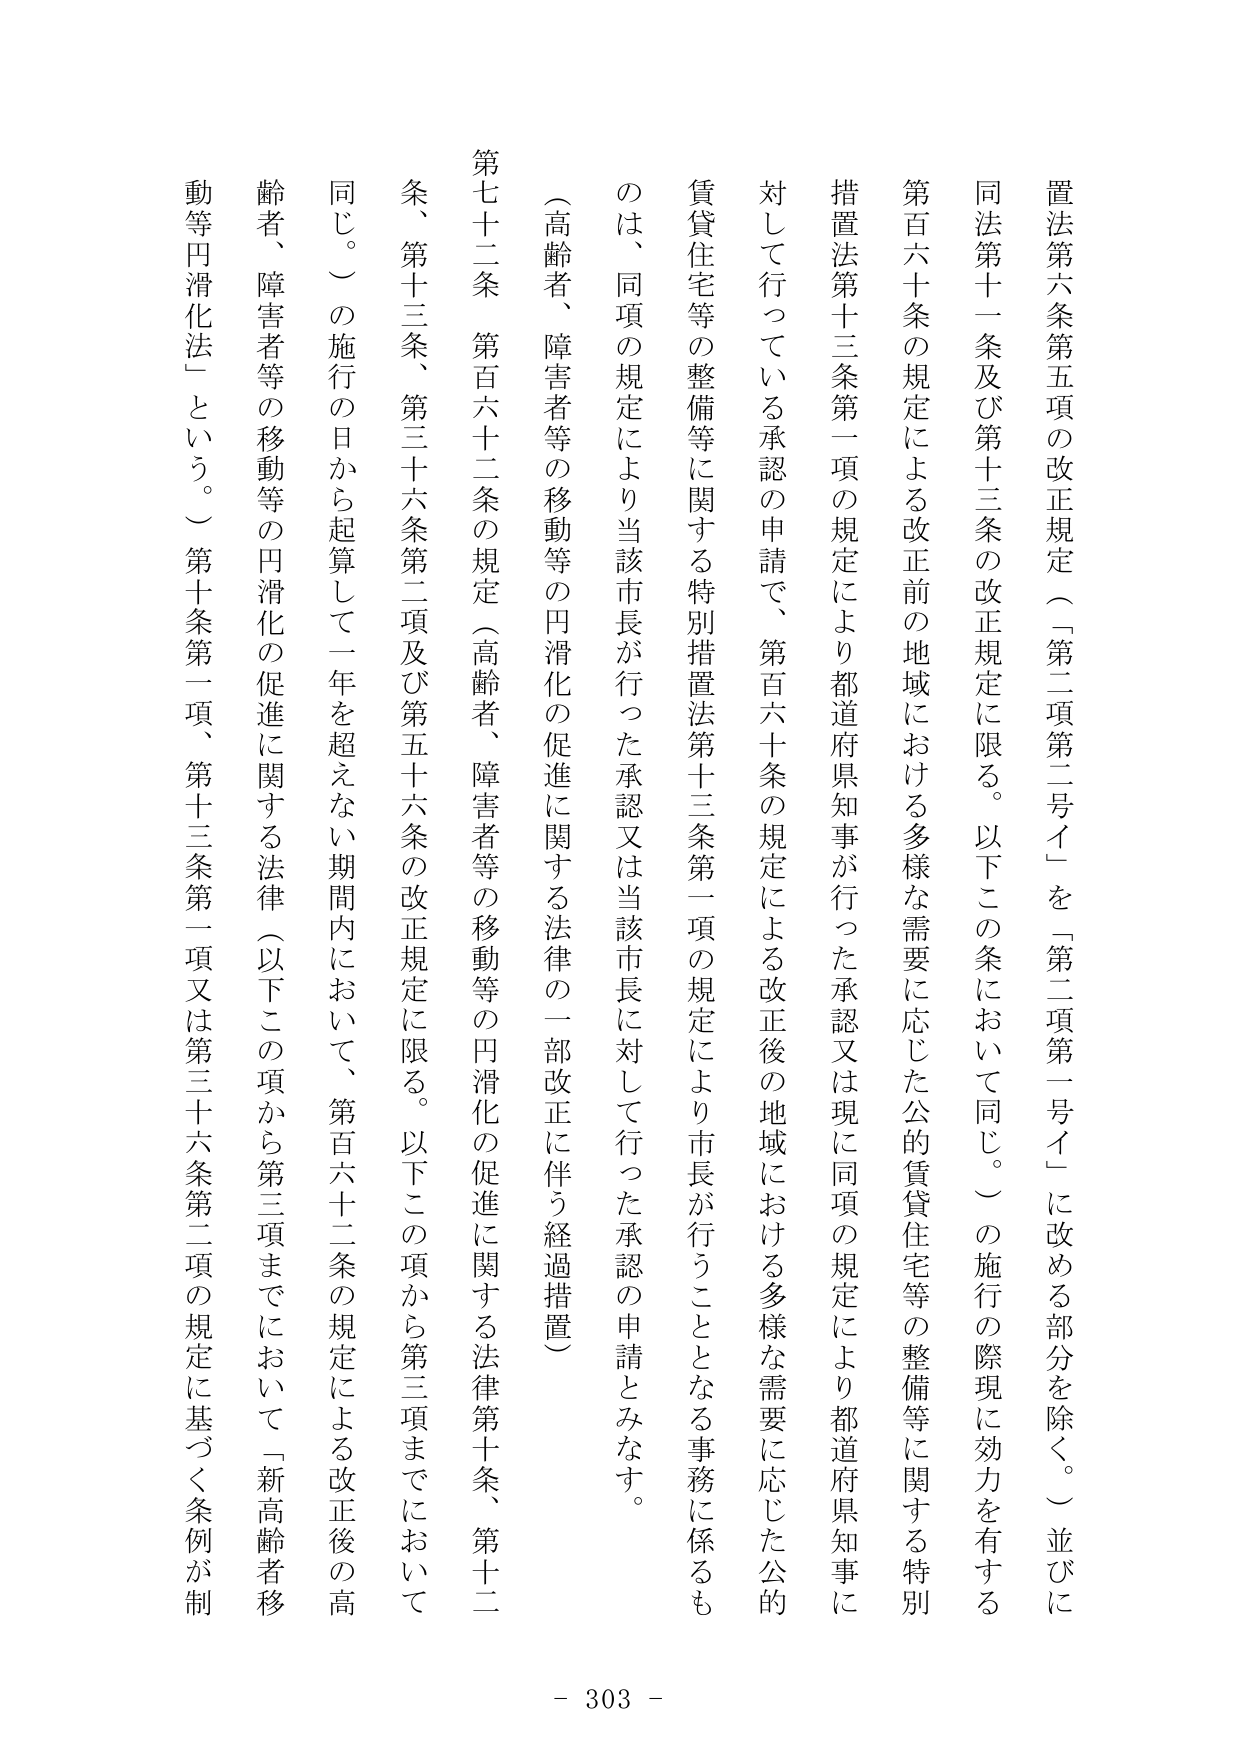
置法第六条第五項の改正規定（「第二項第二号イ」を「第二項第一号イ」に改める部分を除く。）並びに同法第十一条及び第十三条の改正規定に限る。以下この条において同じ。）の施行の際現に効力を有する第百六十条の規定による改正前の地域における多様な需要に応じた公的賃貸住宅等の整備等に関する特別措置法第十三条第一項の規定により都道府県知事が行った承認又は現に同項の規定により都道府県知事に対して行っている承認の申請で、第百六十条の規定による改正後の地域における多様な需要に応じた公的賃貸住宅等の整備等に関する特別措置法第十三条第一項の規定により市長が行うこととなる事務に係るものは、同項の規定により当該市長が行った承認又は当該市長に対して行った承認の申請とみなす。

（高齢者、障害者等の移動等の円滑化の促進に関する法律の一部改正に伴う経過措置）

第七十二条　第百六十二条の規定（高齢者、障害者等の移動等の円滑化の促進に関する法律第十条、第十二条、第十三条、第三十六条第二項及び第五十六条の改正規定に限る。以下この項から第三項までにおいて同じ。）の施行の日から起算して一年を超えない期間内において、第百六十二条の規定による改正後の高齢者、障害者等の移動等の円滑化の促進に関する法律（以下この項から第三項までにおいて「新高齢者移動等円滑化法」という。）第十条第一項、第十三条第一項又は第三十六条第二項の規定に基づく条例が制

- 303 -